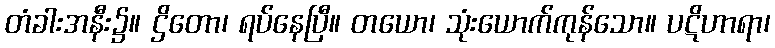
တံခါးအနီး၌။ ဌိတော၊ ရပ်နေပြီ။ တယော၊ သုံးယောက်ကုန်သော။ ပဋိဟာရာ၊